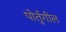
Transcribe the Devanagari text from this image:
पोर्तुगील